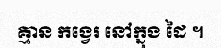
គ្មាន កង្វេរ នៅក្នុង ដៃ ។